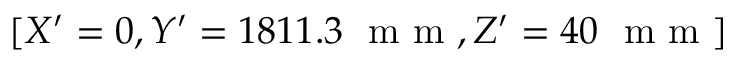
[ X ^ { \prime } = 0 , Y ^ { \prime } = 1 8 1 1 . 3 ~ \textrm { m m } , Z ^ { \prime } = 4 0 ~ \textrm { m m } ]